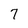
Character: 7